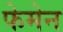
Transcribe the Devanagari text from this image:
फेमेन